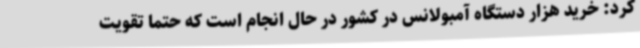
کرد: خرید هزار دستگاه آمبولانس در کشور در حال انجام است که حتما تقویت